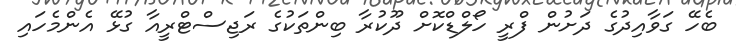
ބެހޭ ގަވާއިދުގެ ދަށުން ފްރީ ހޯލްޑްކޮށް ދޫކުރާ ބިންތަކުގެ ރަޖިސްޓްރީއާ ގުޅޭ އެންމެހައި